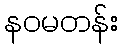
နဝမတန်း